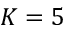
K = 5